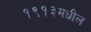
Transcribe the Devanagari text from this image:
१९१३मधील